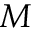
M